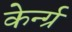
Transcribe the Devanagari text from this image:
केर्न्ग्र